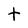
Character: t